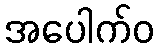
အပေါက်ဝ